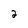
Character: 2